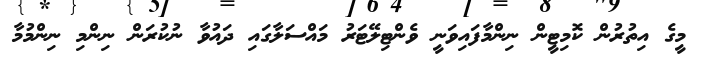
މީގެ އިތުރުން ކޮމިޓީން ނިންމާފައިވަނީ ވެންޓިލޭޓަރު މައްސަލާގައި ދައުވާ ނުކުރަން ނިންމި ނިންމުމާ